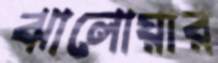
ঝালোয়ার